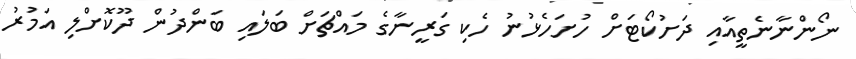
ނޯންނާނެތީއާއި ދަށުކޯޓަށް ހުށަހެޅުނު ހެކި ގަރީނާގެ މައްޗަށް ބަލައި ބަންދުން ދޫކޮށްލި އަމުރު